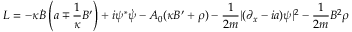
{ \cal L } = - \kappa \dot { B } \left( a \mp \frac { 1 } { \kappa } B ^ { \prime } \right) + i \psi ^ { \ast } \dot { \psi } - A _ { 0 } ( \kappa B ^ { \prime } + \rho ) - \frac { 1 } { 2 m } | ( \partial _ { x } - i a ) \psi | ^ { 2 } - \frac { 1 } { 2 m } B ^ { 2 } \rho